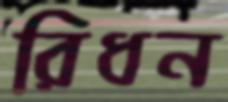
রিধন